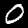
Label: 0